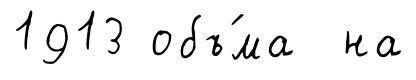
1913 объ́ма на